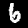
Label: 6